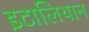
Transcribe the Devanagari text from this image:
इटालियान